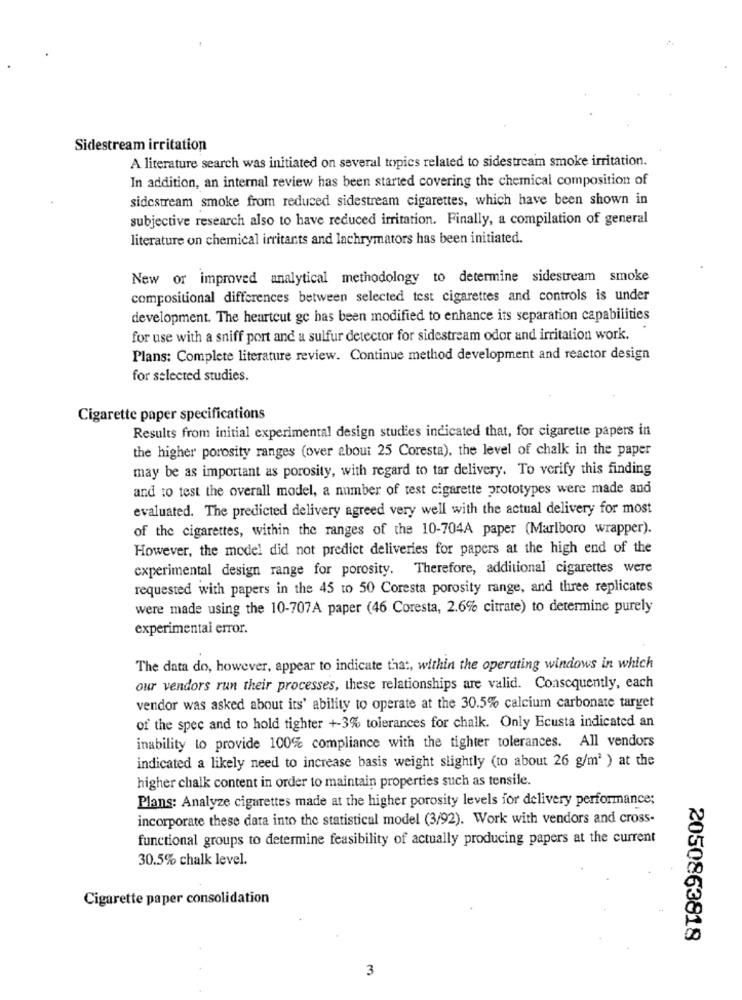
Sidestream irritation
A literature search was initiated on several topics related to sidestream smoke irritation.
In addition, an internal review has been started covering the chemical composition of
sidestream smoke from reduced sidestream cigarettes, which have been shown in
subjective research also to have reduced irritation. Finally, a compilation of general
literature on chemical irritants and lachrymators has been initiated.
New or improved analytical methodology to determine sidestream smoke
compositional differences between selected test cigarettes and controls is under
development. The heartout ge has been modified to enhance its separation capabilities
.
for use with a sniff port and a sulfur detector for sidestream odor and irritation work.
Plans: Complete literature review. Continue method development and reactor design
for selected studies.
Cigarette paper specifications
Results from initial experimental design studies indicated that, for cigarette papers in
the higher porosity ranges (over about 25 Coresta), the level of chalk in the paper
may be as important as porosity, with regard to tar delivery. To verify this finding
and to test the overall model, a number of test cigarette prototypes were made and
evaluated. The predicted delivery agreed very well with the actual delivery for most
of the cigarettes, within the ranges of the 10-704A paper (Marlboro wrapper).
However, the model did not predict deliveries for papers at the high end of the
experimental design range for porosity. Therefore, additional cigarettes were
requested with papers in the 45 to 50 Coresta porosity range, and three replicates
were made using the 10-707A paper (46 Coresta, 2.6% citrate) to determine purely
experimental error.
The data do, however, appear to indicate that, within the operating windows in which
our vendors run their processes, these relationships are valid. Consequently, each
vendor was asked about its' ability to operate at the 30.5% calcium carbonate target
of the spec and to hold tighter +3% tolerances for chalk. Only Ecusta indicated an
inability to provide 100% compliance with the tighter tolerances. All vendors
indicated a likely need to increase basis weight slightly (to about 26 g/m2 ) at the
higher chalk content in order to maintain properties such as tensile.
Plans: Analyze cigarettes made at the higher porosity levels for delivery performance;
incorporate these data into the statistical model (3/92). Work with vendors and cross-
functional groups to determine feasibility of actually producing papers at the current
30.5% chalk level.
Cigarette paper consolidation
2050863818
3